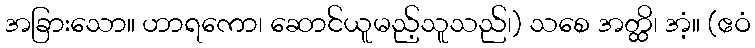
အခြားသော။ ဟာရကော၊ ဆောင်ယူမည့်သူသည်၊) သစေ အတ္ထိ၊ အံ့။ (ဧဝံ